NAE_ERA_R-1665_Eesti_Kunstnike_Liit, lk 4
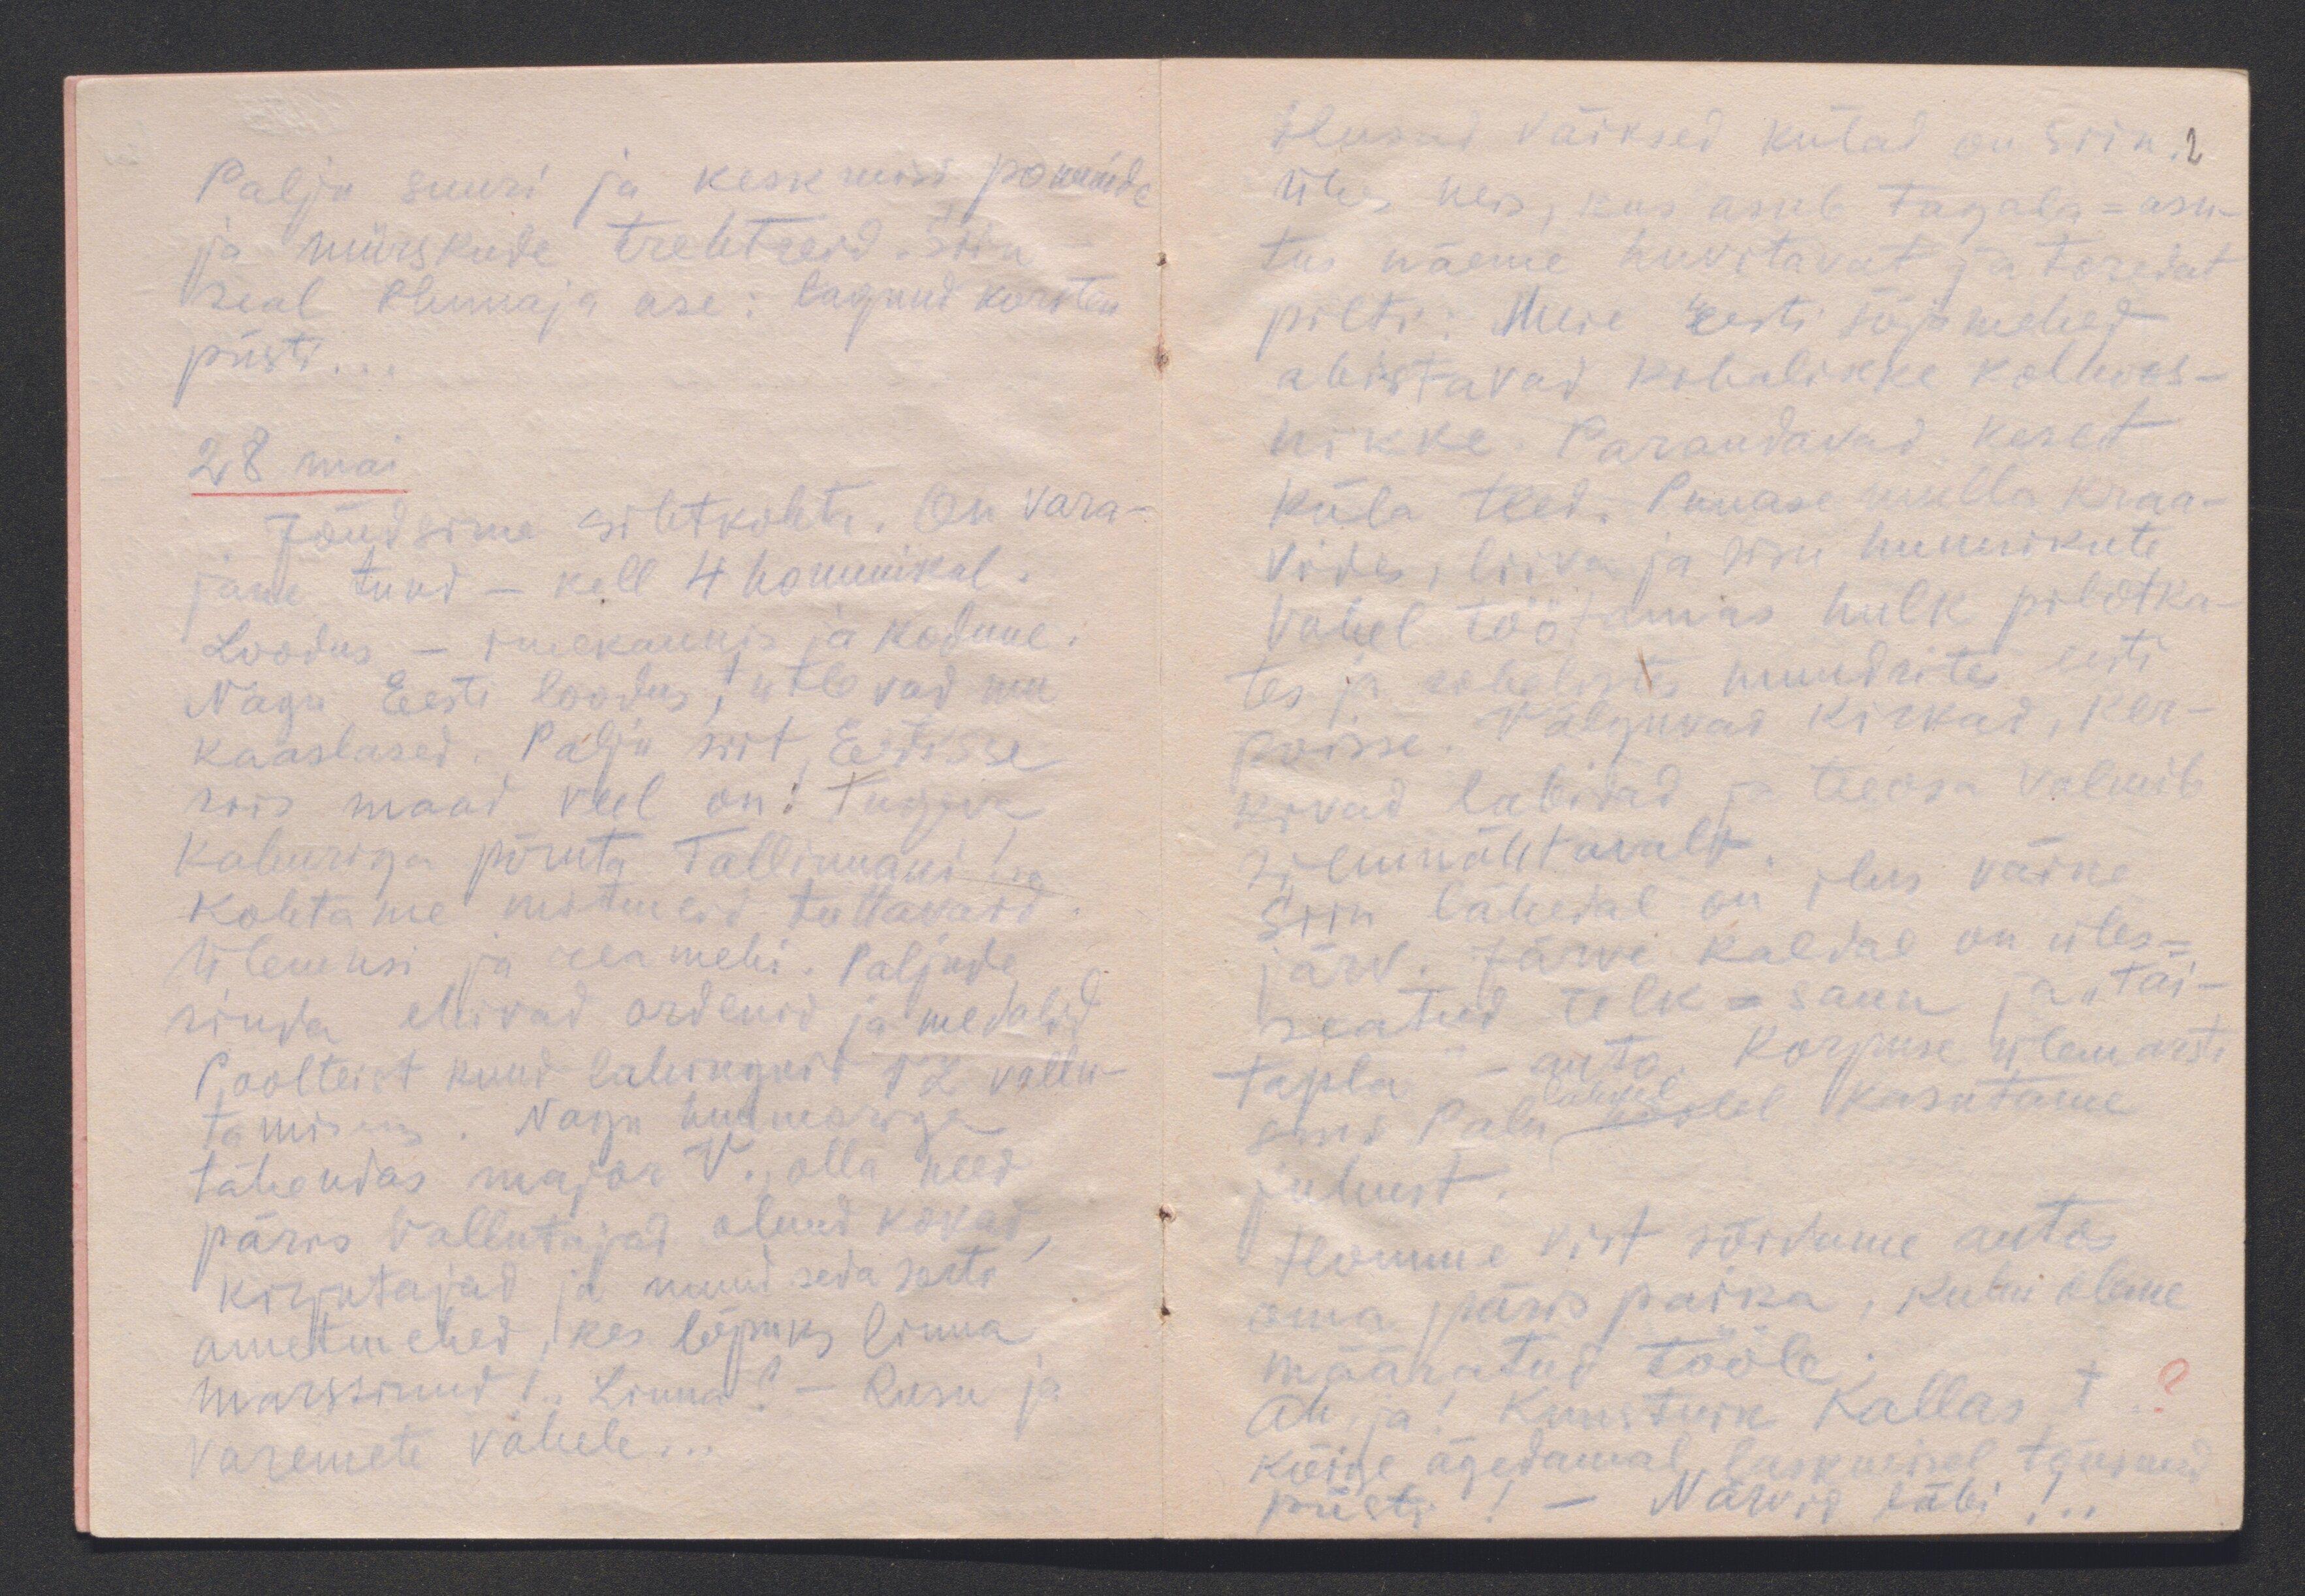
Palju suuri ja keskmisi pommide
ja mürskude trehtreid. Siin-
seal elumaja ase: lagund korsten
püsti...
28 mai
Jõudsime sihtkohta. On vara-
jane tund - kell 4 hommikul.
Loodus - imekaunis ja kodune.
Nagu Eesti loodus, ütlevad mu
kaaslased. Palju siit Estisse
siis maad veel on: tugeva
kahuriga põruta Tallinnani!
Kohtame mitmeid tuttavaid.
Ülemusi ja rea mehi. Paljude
rinda ehivad ordenid ja medalid
Poolteist kuud lahinguid VL vallu-
tamiseks. Nagu huumoriga
tähendas major V., olla need
päris vallutajad olnud kokad,
kirjutajad ja muud seda sorti
ametmehed, kes lõpuks linna
marssinud!. Linna? - Rusu ja
varemete vahele...

Ilusad väiksed külad on siin. 2
Ühes neis, kus asub tagala-asu-
tus näeme huvitavat ja toredat
pilti: Meie Eesti sõjamehed
abistavad kohalikke kolhoos-
nikke. Parandavad keset
küla teed. Punase mulla kraa-
vides, liiva ja risu hunnikute
vahel töötamas hulk pilotka-
tes ja rohelistes mundrites eesti
poisse. Välguvad kirkad, ker-
kivad labidad ja teeosa valmib
silmnähtavalt.
Siin lähedal on ilus väike
järv. Järve kaldal on üles-
seatud telk-saun ja "täi-
tapla"- auto. Korpuse ülemarsti
lahkel
sms Palu hoolel kasutame
juhust.
Homme vist sõidame autos
oma päris paika, kuhu oleme
määratud tööle.
Ah ja! Kunstnik Kallas t ?
kõige ägedamal laskmisel tõusnud
püsti! - Närvid läbi! ..